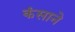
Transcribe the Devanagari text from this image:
कंसाने